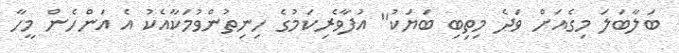
ބަލާބަލަ މިގެއަށް ވަދެ މިތިބި ބަޔަކު" އުފާވެރިކަމުގެ ހިނިތުންވުމަކާއެކު އެ އަންހެން މީހާ